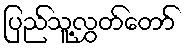
ပြည်သူ့လွှတ်တော်